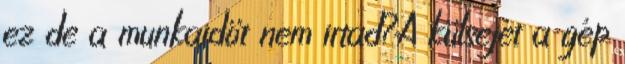
ez de a munkaidöt nem irtad?A külsejét a gép